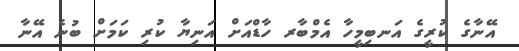
އޭނާގެ ކުރީގެ އަނބިމީހާ އެމްބާރ ހާޑްއަށް އަނިޔާ ކުރި ކަމަށް ބުނެ އޭނާ